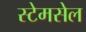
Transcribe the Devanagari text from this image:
स्टेमसेल